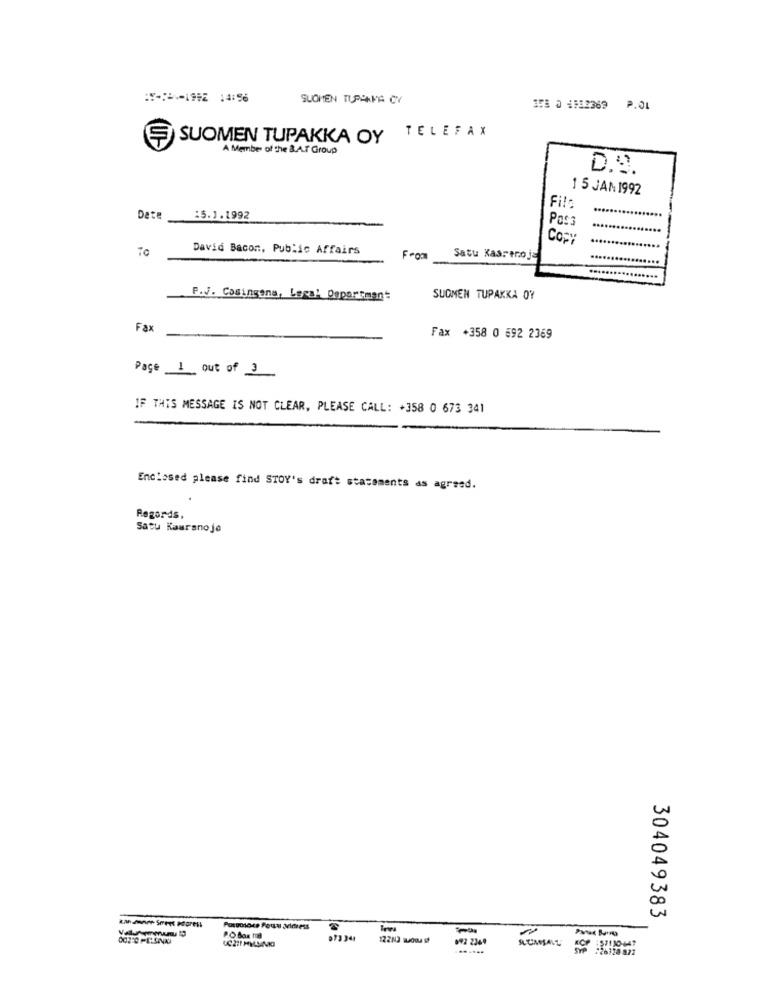
SUOMEN TUPCAVA CY
358 0 1512369 P.01
TELEFAX
SUOMEN TUPAKKA OY
A Member of the &.A.T Group
1 5 JAN 1992
Fil
Date
15.1.1992
COPY
To
David Bacon, Public Affairs
Satu Kassenoja
P.J. Cosingene, Legal Department
SUOMEN TUPAKKA OY
Fax
Fax +358 0 692 2369
Page 1 out of 3
IF THIS MESSAGE IS NOT CLEAR, PLEASE CALL: +358 0 673 341
Enclosed please find STOY's draft statements as agreed.
Regards,
Satu Kauranoje
304049383
Postosoce Focal avimess
-
P.O. Box tid
973 344
122N3 00 1
892 2349
ALUMSALL
KOP : 57130-447
26128 822